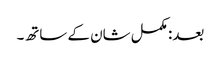
بعد: مکمل شان کے ساتھ۔